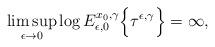
LaTeX: \begin{align*} \limsup_{\epsilon \rightarrow 0} \log E_{\epsilon,0}^{x_0,\gamma}\Bigl\{\tau^{\epsilon,\gamma} \Bigr\} = \infty, \end{align*}